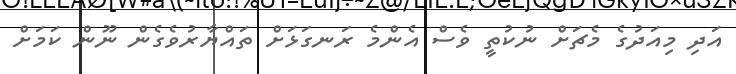
އަދި މިއަދުގެ މެޗަށް ނުކުތީ ވެސް އެންމެ ރަނގަޅަށް ތައްޔާރުވެގެން ނޫން ކަމަށް